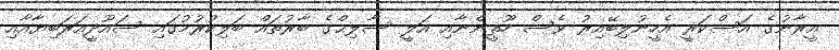
އީރާނުގެ އަސްކަރީ އެހީނުލިބޭއިރު ވެސް ހޫޘީންނާއި އަލީ ސާލިޙްގެ ބާރުތައް ބަލިކުރުމުގައި ސައޫދީއަރަބިޔާއާއި